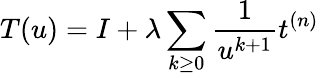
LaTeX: T(u)=I+\lambda\sum_{k\geq 0}\frac{1}{u^{k+1}}t^{(n)}